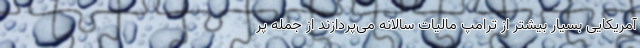
آمریکایی بسیار بیشتر از ترامپ مالیات سالانه می‌پردازند از جمله پر